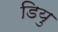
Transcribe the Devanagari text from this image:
डियु